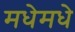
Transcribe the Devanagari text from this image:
मधेमधे